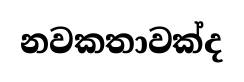
නවකතාවක්ද